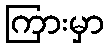
ကြားမှာ